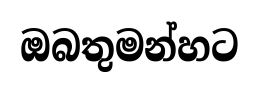
ඔබතුමන්හට